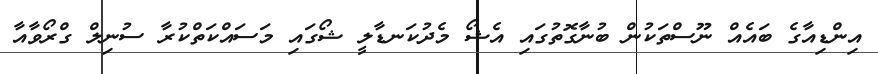
އިންޑިއާގެ ބައެއް ނޫސްތަކުން ބުނާގޮތުގައި އެޝޯ މެދުކަނޑާލީ ޝޯގައި މަސައްކަތްކުރާ ސުނިލް ގްރޯވާއާ